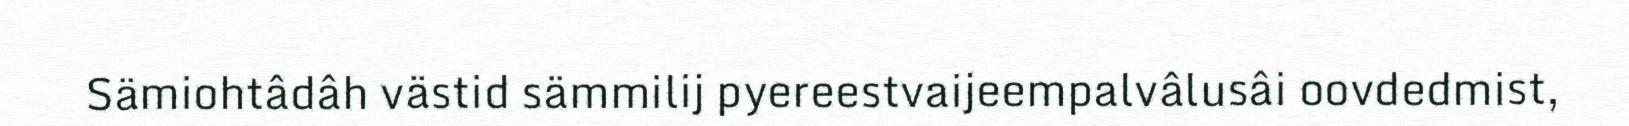
Sämiohtâdâh västid sämmilij pyereestvaijeempalvâlusâi oovdedmist,